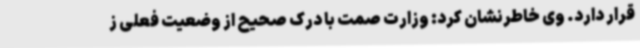
قرار دارد. وی خاطرنشان کرد: وزارت صمت با درک صحیح از وضعیت فعلی ز